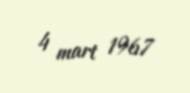
4 mart 1967